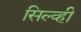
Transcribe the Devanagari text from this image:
सिल्व्ही